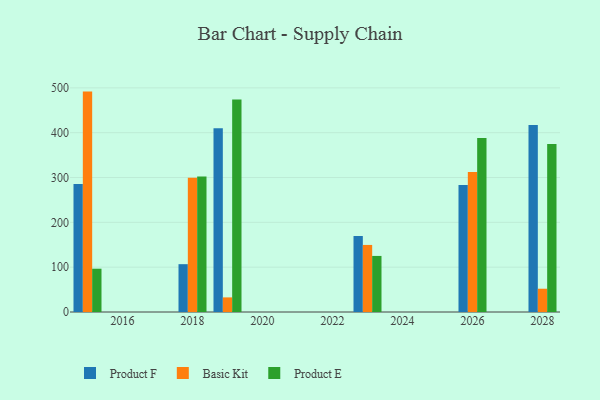
{"axis": {"x": "Year", "y": "Tickets Resolved"}, "legend": ["Basic Kit", "Product E", "Product F"], "data": [{"x": "2018", "y": 106.7, "type": "Product F"}, {"x": "2018", "y": 299.5, "type": "Basic Kit"}, {"x": "2018", "y": 302.2, "type": "Product E"}, {"x": "2015", "y": 285.4, "type": "Product F"}, {"x": "2015", "y": 491.7, "type": "Basic Kit"}, {"x": "2015", "y": 96.6, "type": "Product E"}, {"x": "2028", "y": 417.3, "type": "Product F"}, {"x": "2028", "y": 51.9, "type": "Basic Kit"}, {"x": "2028", "y": 374.9, "type": "Product E"}, {"x": "2026", "y": 283.5, "type": "Product F"}, {"x": "2026", "y": 312.4, "type": "Basic Kit"}, {"x": "2026", "y": 388.1, "type": "Product E"}, {"x": "2019", "y": 409.8, "type": "Product F"}, {"x": "2019", "y": 32.6, "type": "Basic Kit"}, {"x": "2019", "y": 474.0, "type": "Product E"}, {"x": "2023", "y": 169.5, "type": "Product F"}, {"x": "2023", "y": 149.6, "type": "Basic Kit"}, {"x": "2023", "y": 125.1, "type": "Product E"}]}